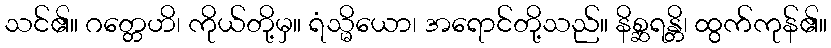
သင်၏။ ဂတ္တေဟိ၊ ကိုယ်တို့မှ။ ရံသ္မိယော၊ အရောင်တို့သည်။ နိစ္ဆရန္တိ၊ ထွက်ကုန်၏။